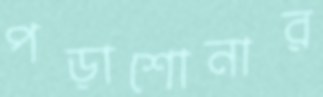
পড়াশোনার